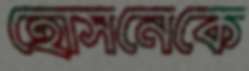
হোসনেকে